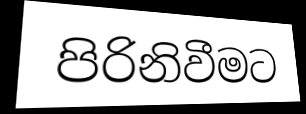
පිරිනිවීමට